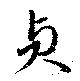
貞